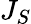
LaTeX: J_{S}